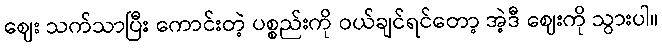
ဈေး သက်သာပြီး ကောင်းတဲ့ ပစ္စည်းကို ဝယ်ချင်ရင်တော့ အဲ့ဒီ ဈေးကို သွားပါ။